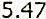
5.47